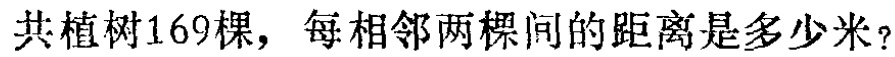
共植树169棵，每相邻两棵间的距离是多少米？